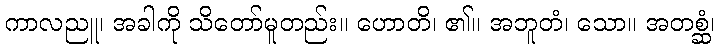
ကာလညူ၊ အခါကို သိတော်မူတည်း။ ဟောတိ၊ ၏။ အဘူတံ၊ သော။ အတစ္ဆံ၊